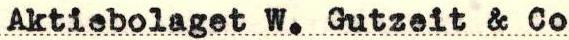
Aktiebolaget W. Gutzeit & Co